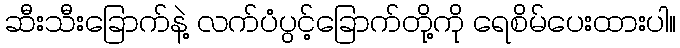
ဆီးသီးခြောက်နဲ့ လက်ပံပွင့်ခြောက်တို့ကို ရေစိမ်ပေးထားပါ။